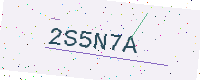
Text: 2S5N7A